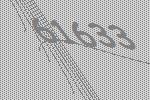
61633